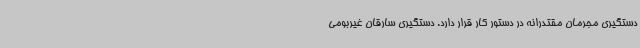
دستگیری مجرمان مقتدرانه در دستور کار قرار دارد. دستگیری سارقان غیربومی